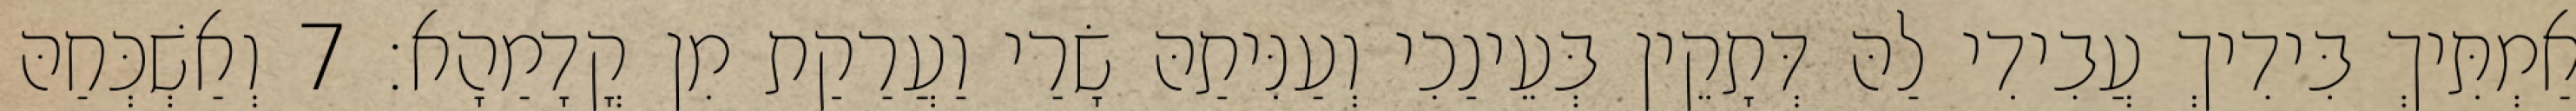
אַמְתִּיךְ בִּידִיךְ עֲבִידִי לַהּ דְּתָקֵין בְּעֵינַכִי וְעַנִּיתַהּ שָׂרַי וַעֲרַקַת מִן קֳדָמַהָא׃ 7 וְאַשְׁכְּחַהּ